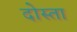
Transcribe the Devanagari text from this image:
दोस्ता